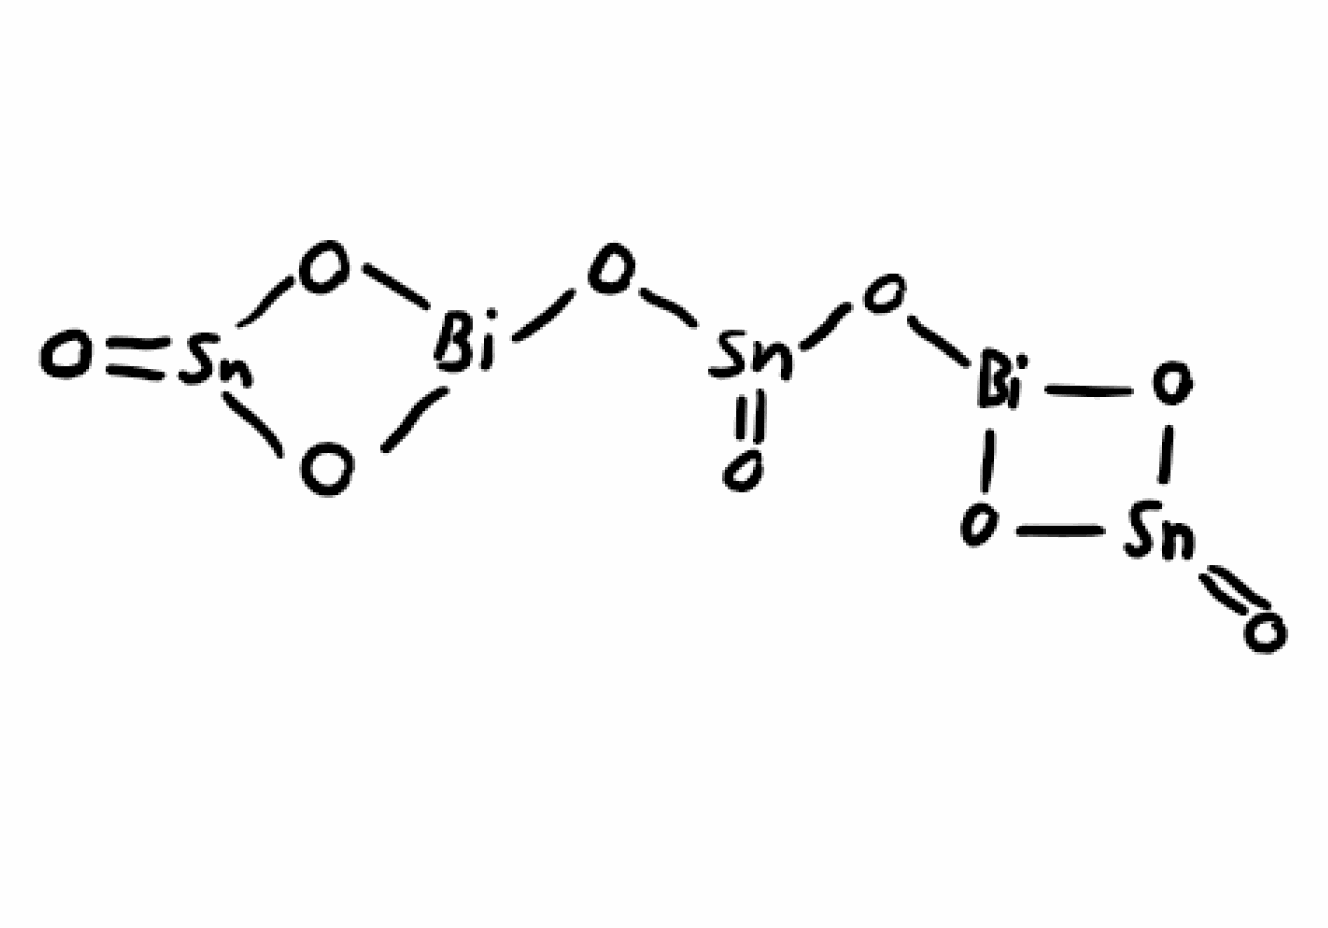
Simplified molecular-input line-entry system (SMILES) notation of the given molecule:
O=[Sn]1O[Bi](O1)O[Sn](=O)O[Bi]2O[Sn](=O)O2